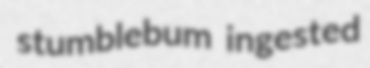
stumblebum ingested